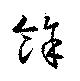
余